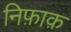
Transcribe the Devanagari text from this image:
निफ़ाक़